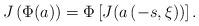
LaTeX: \begin{align*} J\left( \Phi(a)\right) = \Phi\left[J(a\left(-s,\xi)\right)\right].\end{align*}